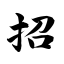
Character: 招